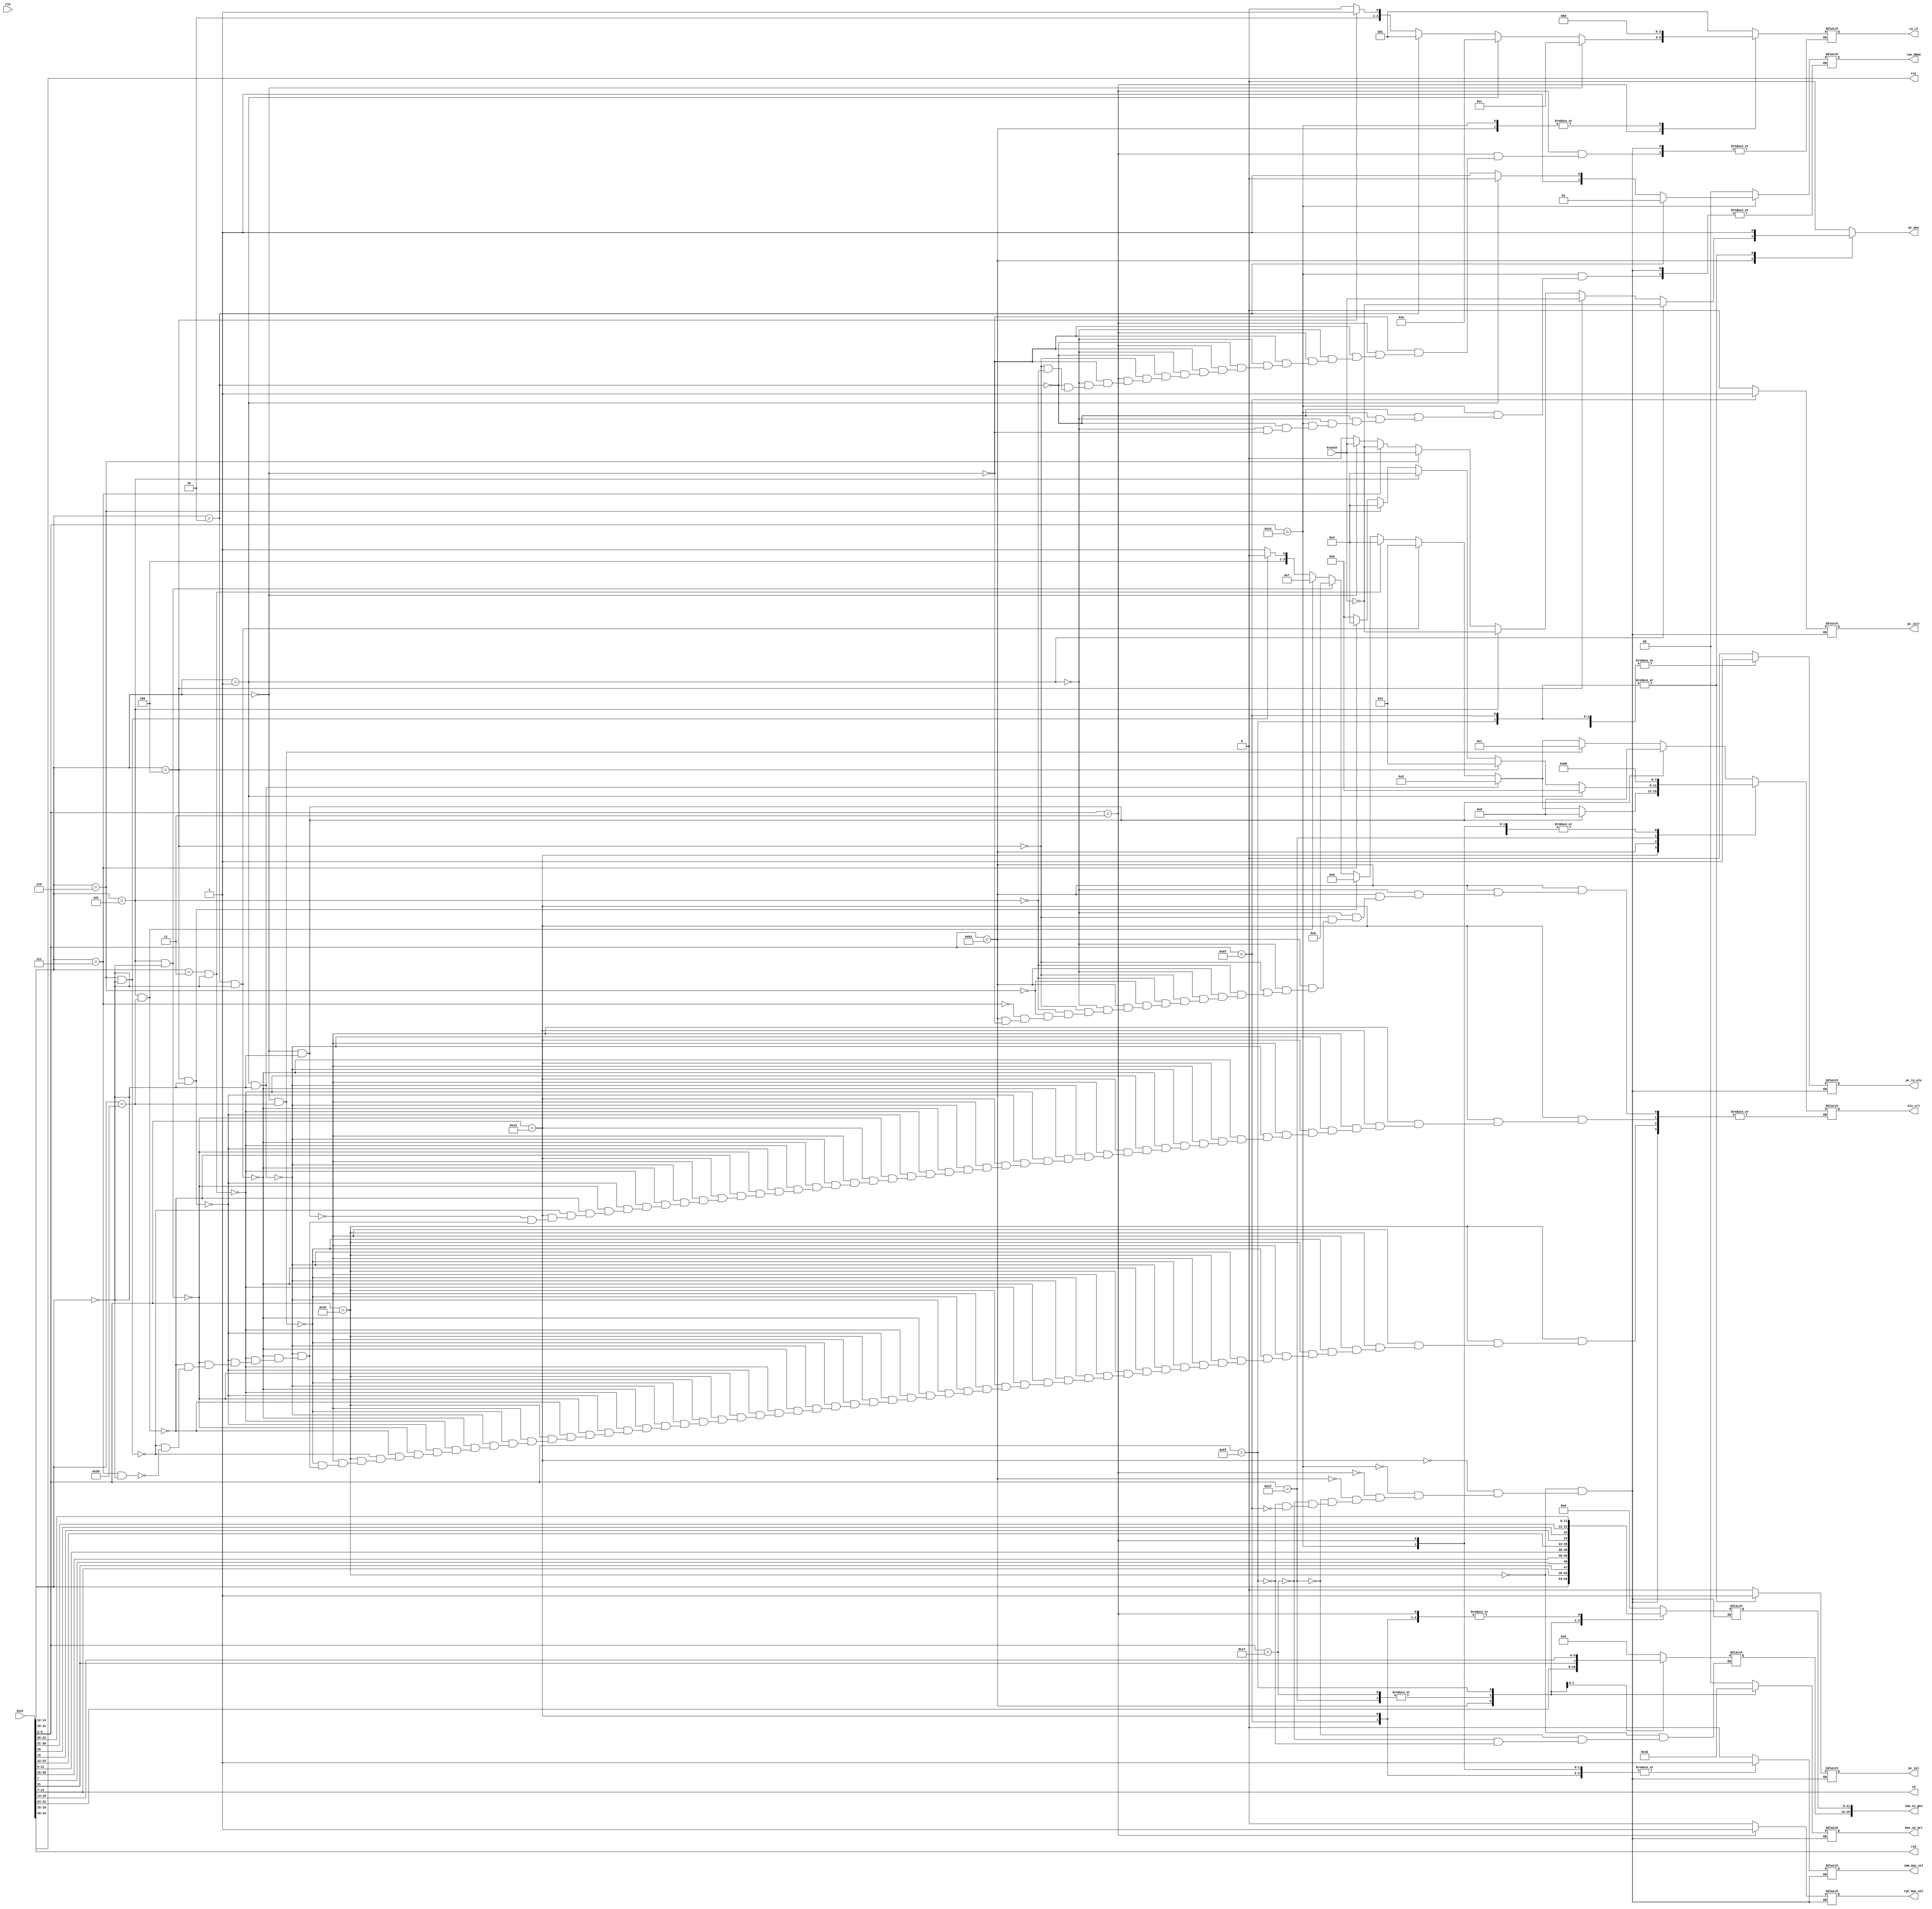
`timescale 1ns / 1ps
//////////////////////////////////////////////////////////////////////////////////
// Company: 
// Engineer: 
// 
// Design Name: 
// Module Name: Instruction_Decode
// Project Name: 
// Target Devices: 
// Tool Versions: 
// Description: 
// 
// Dependencies: 
// 
// Revision:
// Revision 0.01 - File Created
// Additional Comments:
// 
//////////////////////////////////////////////////////////////////////////////////


module Instruction_Decode(
    input clk, branch,
    input[31:0] Inst,
    output reg[4:0] rd, rs1, rs2,
    output reg[3:0] alu_ctl,
    output reg imm_mux_sel,
    output reg[1:0] Gen_im_sel,
    output reg[19:0] imm_to_gen,
    output reg[2:0] rw_rf, 
    output reg rgf_mux_sel, pc_mux, pc_to_alu, pc_jal, pc_jalr,
    output reg[1:0] rwe_dmem
    );

    always @(*) begin
        rs1 = Inst[19:15];
        rs2 = Inst[24:20];
        rd = Inst[11:7];
        pc_mux = 0;
        case (Inst[6:0])
            7'b0110011: //R-type
                begin
                     pc_jalr = 0;
                     pc_jal = 0;
                     pc_to_alu = 0;
                     pc_mux = 0;
                     imm_mux_sel = 0;
                     rw_rf = 1;
                     rgf_mux_sel = 0;
                     if (Inst[14:12] == 0 && Inst[31:25] == 0)  alu_ctl = 0; //add
                     else if (Inst[14:12] == 0 && Inst[31:25] == 32)  alu_ctl = 1; //sub
                     else if (Inst[14:12] == 3'b001 && Inst[31:25] == 0)  alu_ctl = 2; //sll
                     else if (Inst[14:12] == 3'b010 && Inst[31:25] == 0)  alu_ctl = 3; //slt
                     else if (Inst[14:12] == 3'b011 && Inst[31:25] == 0)  alu_ctl = 4; //sltu
                     else if (Inst[14:12] == 3'b100 && Inst[31:25] == 0)  alu_ctl = 5; //xor
                     else if (Inst[14:12] == 3'b101 && Inst[31:25] == 0)  alu_ctl = 6; //srl
                     else if (Inst[14:12] == 3'b101 && Inst[31:25] == 32)  alu_ctl = 7; //sra
                     else if (Inst[14:12] == 3'b110 && Inst[31:25] == 0)  alu_ctl = 8; //or
                     else if (Inst[14:12] == 3'b111 && Inst[31:25] == 0)  alu_ctl = 9; //and
                  
                    Gen_im_sel = 0;
                    imm_to_gen = 0;                 
                    rwe_dmem = 0;
                     
                end
            7'b0010011: //I-type
                begin
                     pc_jalr = 0;
                     pc_jal = 0;
                     pc_to_alu = 0;
                     pc_mux = 0;
                     imm_mux_sel = 1;
                     rw_rf = 1;
                     rgf_mux_sel = 0;
                     Gen_im_sel = 0; //signed 12b
                     imm_to_gen[11:0] = Inst[31:20];
                     if (Inst[14:12] == 0 && Inst[31:25] == 0) alu_ctl = 0; //add
                     else if (Inst[14:12] == 3'b001 && Inst[31:25] == 0)  alu_ctl = 2; //sll
                     else if (Inst[14:12] == 3'b010 && Inst[31:25] == 0)  alu_ctl = 3; //slt
                     else if (Inst[14:12] == 3'b011 && Inst[31:25] == 0)  alu_ctl = 4; //sltu
                     else if (Inst[14:12] == 3'b100 && Inst[31:25] == 0)  alu_ctl = 5; //xor
                     else if (Inst[14:12] == 3'b101 && Inst[31:25] == 0)  alu_ctl = 6; //srl
                     else if (Inst[14:12] == 3'b101 && Inst[31:25] == 32)  alu_ctl = 7; //sra
                     else if (Inst[14:12] == 3'b110 && Inst[31:25] == 0)  alu_ctl = 8; //or
                     else if (Inst[14:12] == 3'b111 && Inst[31:25] == 0)  alu_ctl = 9; //and                                
                    rwe_dmem = 0;
                end
            7'b0100011: //store
                begin
                    pc_jalr = 0;
                    pc_jal = 0;
                    pc_to_alu = 0;
                    pc_mux = 0;
                    imm_mux_sel = 1;
                    Gen_im_sel = 0; //signed 12b
                    imm_to_gen[11:0] = {Inst[31:25],Inst[11:7]};
                    alu_ctl = 0;
                    if (Inst[14:12] == 2) rwe_dmem = 1; //sw
                    else if (Inst[14:12] == 1) rwe_dmem = 2; //sh
                    else if (Inst[14:12] == 0) rwe_dmem = 3; //sb                  
                    rw_rf = 0;
                    rgf_mux_sel = 0;                
                end
            7'b0000011: //load
                begin
                    pc_jalr = 0;
                    pc_jal = 0;
                    pc_to_alu = 0;
                    pc_mux = 0;
                    imm_mux_sel = 1;
                    Gen_im_sel = 0; //signed 12b
                    imm_to_gen[11:0] = Inst[31:20];
                    alu_ctl = 0;
                    rwe_dmem = 0;
                    rgf_mux_sel = 1;
                    if (Inst[14:12] == 0) rw_rf = 3; //lb
                    else if (Inst[14:12] == 1) rw_rf = 2; //lh
                    else if (Inst[14:12] == 2) rw_rf = 1; //lw
                    else if (Inst[14:12] == 4) rw_rf = 5; //lbu
                    else if (Inst[14:12] == 5) rw_rf = 4; //lhu                                               
                    rwe_dmem = 0;
                end
            7'b1100011: //B-type
                begin
                    pc_jalr = 0;
                    pc_jal = 0;
                    pc_to_alu = 0;
                    imm_mux_sel = 0;
                    Gen_im_sel = 1; //13bit im 
                    imm_to_gen[11:0] = {Inst[31], Inst[7], Inst[30:25], Inst[11:8]};
                    if (Inst[14:12] == 0) begin //beq
                            alu_ctl = 10;
                            pc_mux = branch;
                        end
                    if (Inst[14:12] == 1) begin //bne
                            alu_ctl = 10;
                            pc_mux = !branch;
                        end else
                        
                    if (Inst[14:12] == 4) begin //blt
                            alu_ctl = 3;
                            pc_mux = branch;
                        end else
                    if (Inst[14:12] == 5) begin //bge
                            alu_ctl = 4;
                            pc_mux = !branch;
                        end else
                    if (Inst[14:12] == 6) begin //bltu
                            alu_ctl = 4;
                            pc_mux = branch;
                        end else
                    if (Inst[14:12] == 7) begin //bgeu
                            alu_ctl = 4;
                            pc_mux = !branch;
                        end
                    rw_rf = 0;
                    rgf_mux_sel = 0;     
                    rwe_dmem = 0;
                end
            7'b0001111: //Fence Fence.I 
                begin
                    
                end
            7'b1110011: //ecall ebreak
                begin

                end
            7'b0110111: //LUI
                begin
                    pc_jalr = 0;
                    pc_jal = 0;
                    pc_to_alu = 0;
                    imm_mux_sel = 1;
                    Gen_im_sel = 2; //signed 20b
                    imm_to_gen =  Inst[31:12];
                    pc_mux = 0;
                    rw_rf = 1;
                    rgf_mux_sel = 0;
                    alu_ctl = 11;           
                    rwe_dmem = 0;
                end
            7'b0010111: //AUIPC
                begin
                    pc_jalr = 0;
                    pc_jal = 0;
                    pc_to_alu = 1;
                    imm_mux_sel = 1;
                    Gen_im_sel = 2; //signed 20b
                    imm_to_gen =  Inst[31:12];
                    pc_mux = 0;
                    rw_rf = 1;
                    rgf_mux_sel = 0;
                    alu_ctl = 0;          
                    rwe_dmem = 0;
                    
                end
            7'b1101111: //JAL
                begin
                    pc_jalr = 0;
                    pc_mux = 1;
                    pc_jal = 1;
                    pc_to_alu = 1;
                    alu_ctl = 0;
                    imm_mux_sel = 1;
                    rw_rf = 1;
                    rgf_mux_sel = 0;
                    Gen_im_sel = 3; //signed 20b jal
                    imm_to_gen =  {Inst[31],Inst[19:12], Inst[20], Inst[30:21]};
                    rwe_dmem = 0;
                               
                end
            7'b1100111: //JALR
                begin
                    pc_jalr = 1;
                    imm_mux_sel = 1;
                    Gen_im_sel = 0; //signed 12b 
                    imm_to_gen[11:0] = Inst[31:20];                  
                    pc_mux = 1;
                    pc_jal = 1;
                    pc_to_alu = 1;
                    alu_ctl = 0; 
                    rw_rf = 1;
                    rgf_mux_sel = 0;      
                    rwe_dmem = 0;

                end
        endcase

    end
endmodule